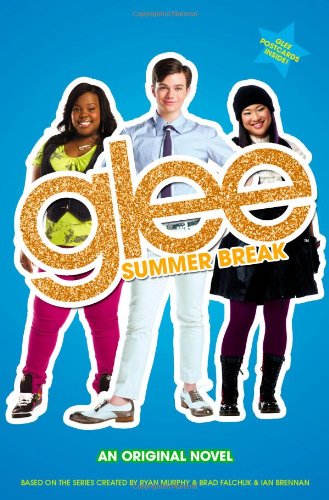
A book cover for Glee: Summer Break: An Original Novel; Sophia Lowell; Teen & Young Adult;